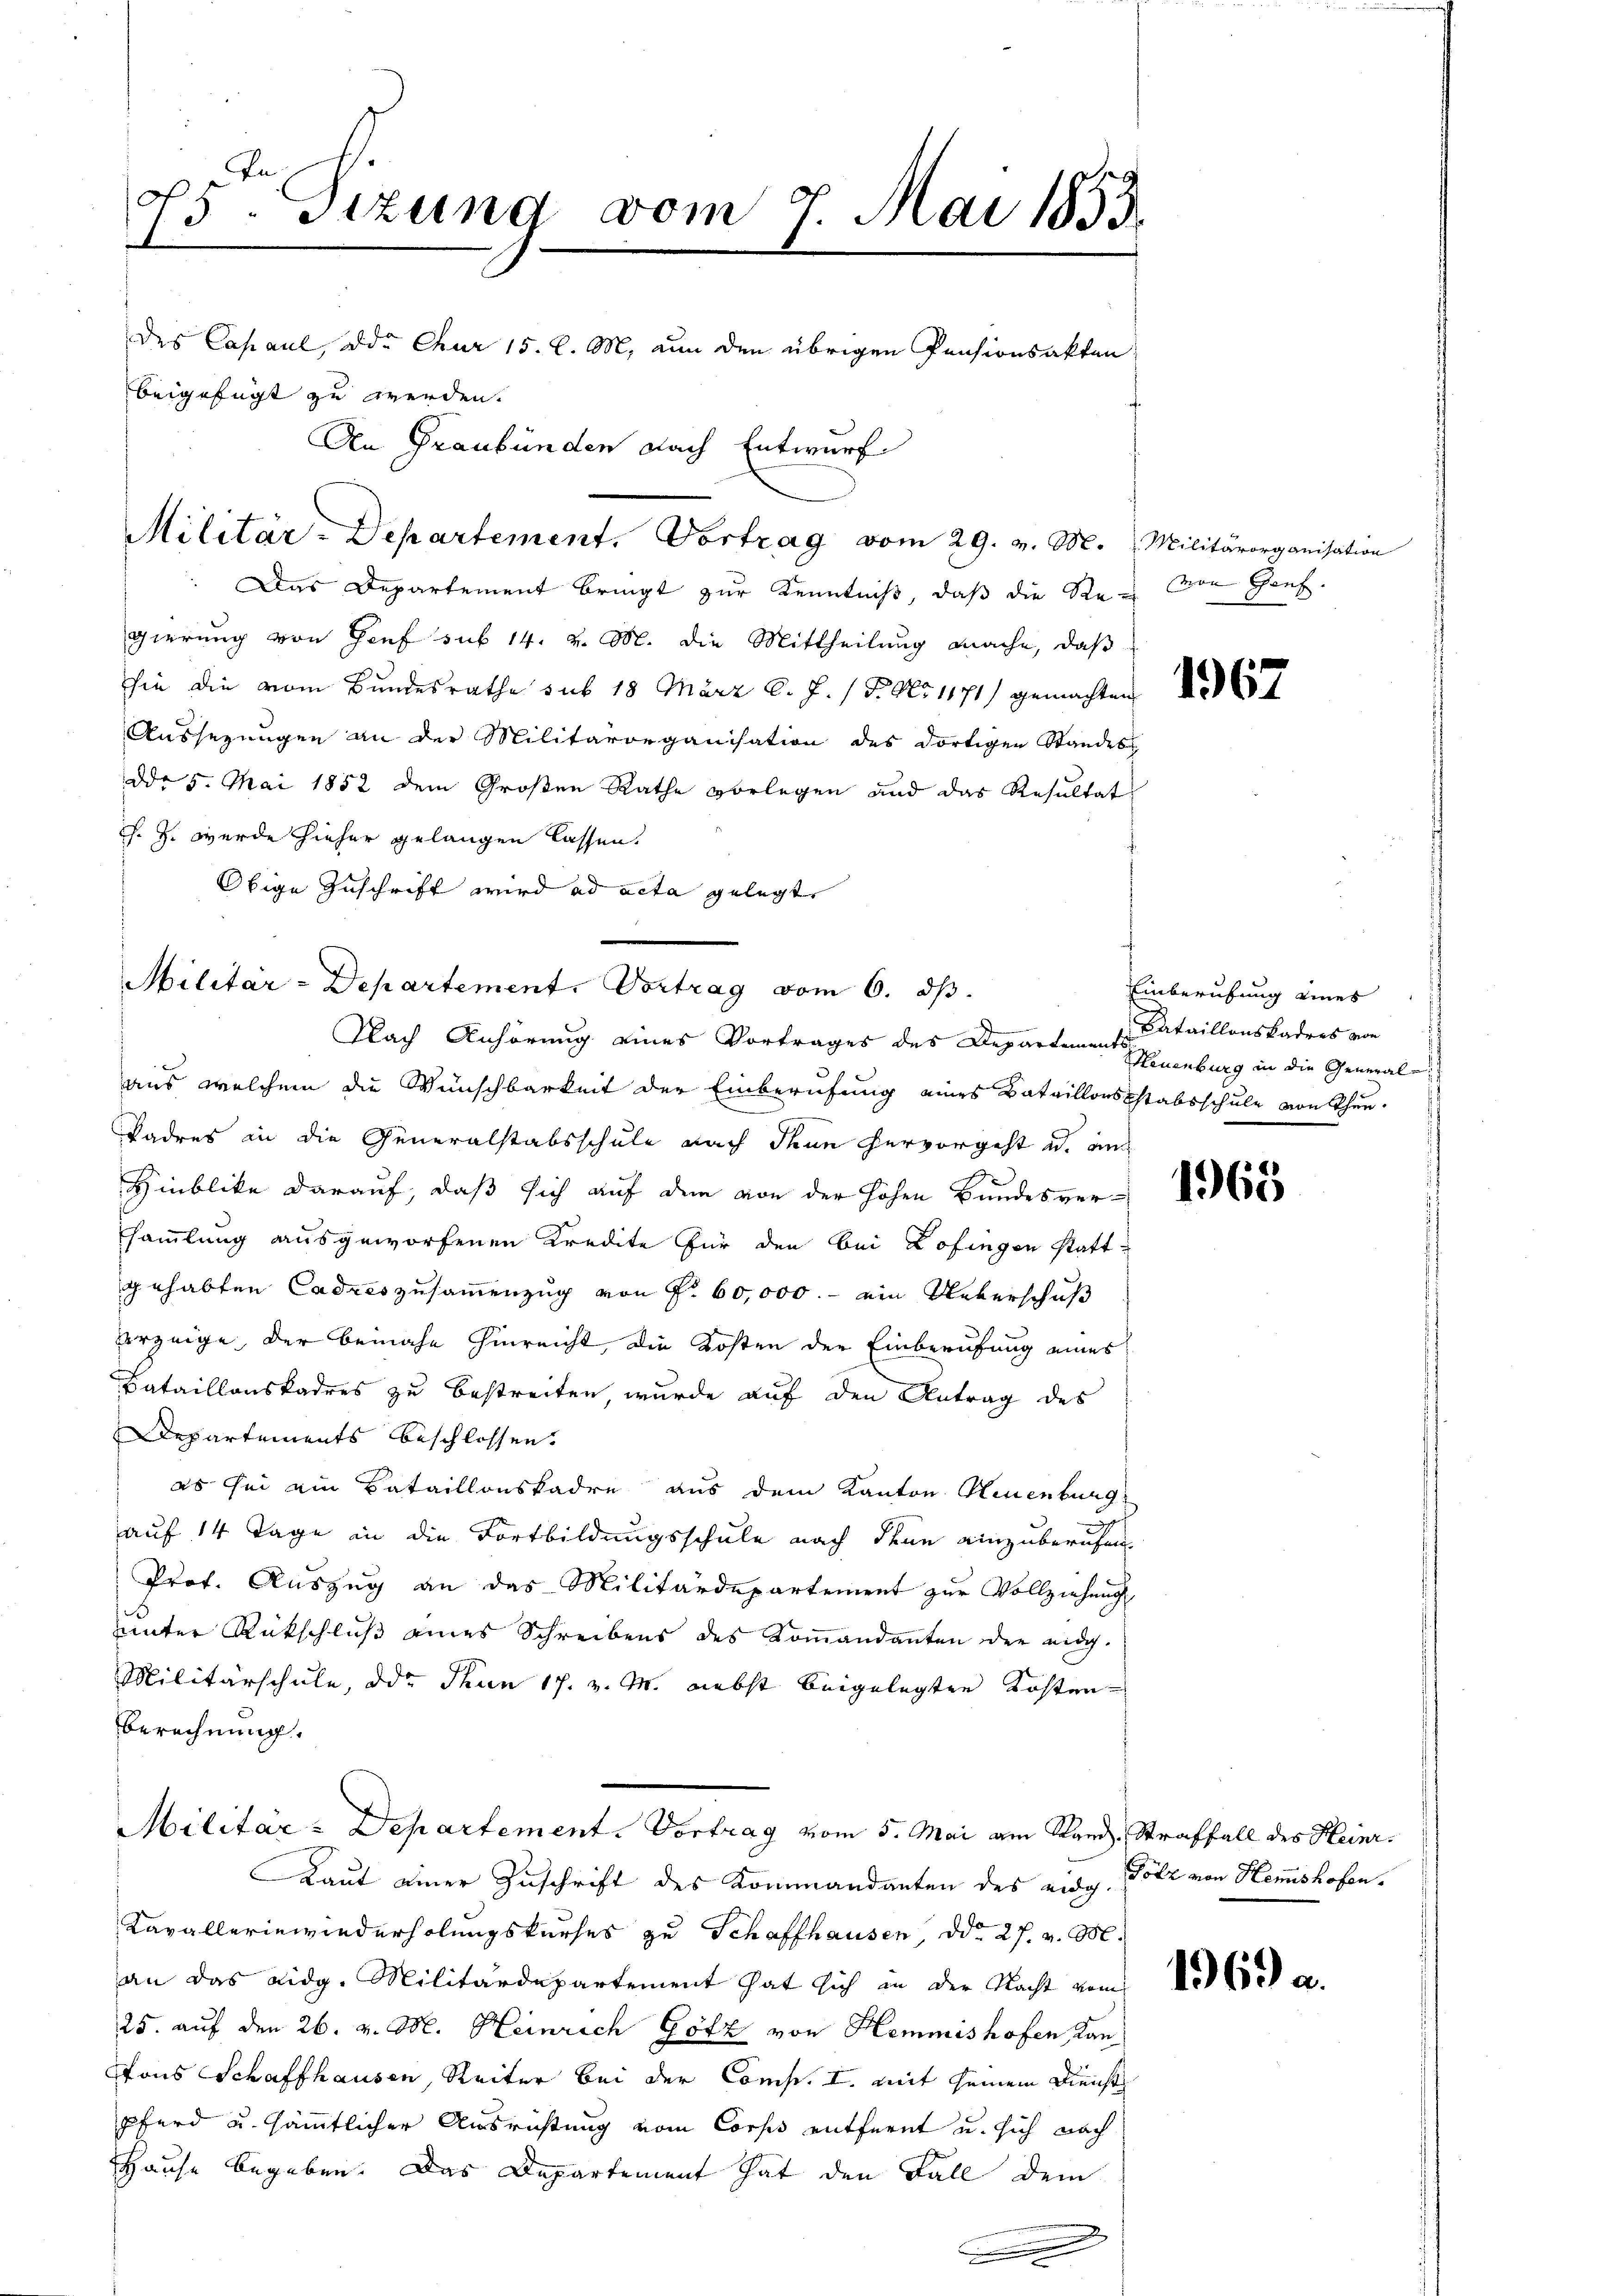
15. Sitzung vom 7. Mai 1853
I
des Capaul, die Chur 15. d. M. nun den übrigen Pensionsakten
beigefügt zu werden.
An Graubünden nach Entwurf

Das Departement bringt zur Kenntniß, daß die Revon Genf.
gierung von Genf sub 14. v. M. die Mittheilung mache, daß
sie die vom Bundesrathe sub 18 März l. J. (T. No 1171) gemachten
Aussezungen an der Militärorganisation des dortigen Standes
ddo 5. Mai 1852 dem Großen Rathe vorlegen und das Resultat
J. Z. werde hieher gelangen lassen.
Obige Zuschrift wird ad acta gelegt.
Militar-Departement. Vortrag vom 6. ds.
aus, welchem die Wünschbarkeit der Einberufung eines Bataillonsstabsschule von Thun.
Tadres an die Generalstabsschule nach denn hervorgeht u. an
Hinblike darauf, daß sich auf dem von der hohen Bundesversammlung ausgeworfenen Kredite für den bei Zofingen stattgehabten Cadres zusammenzug von Fr. 60,000.- ein Ueberschuß
verzeige, der beinahe hinreicht, die Kosten der Einberufung eines
Bataillonskadres zu bestreiten, wurde auf den Antrag des
Departements beschlossen.
es sei ein Sataillonskadre aus dem Kanton Neuenburg
auf 14 Tage in die Fortbildungsschule nach denn einzuberufen
Prof. Auszug an das Militärdepartement zur Vollziehung
unter Rückschluß eines Schreibens des Koṁandanten der eidg.
Militärschule, der Thun 17. v. M. nebst beigelegten Kosten
Berechnung.
Militar-Departement. Vortrag vom 5. Mai am Stand, Straffall des Heinr¬
Laut einer Zuschrift des Kommandanten des eidg. Götz von Hemmeshofen.
Kavallerinwiederholungskurses zu Schaffhausen, ddo 27. v. M.
an das eidg. Militärdepartement hat sich in der Nacht vom
25. auf den 26. v. M. Heinrich Götz von Hemmishofen Kan-
ons Schaffhausen, Reiter bei der Comp. I. mit seinem Dienst
Pferd u. sämmtlicher Ausrichtung vom Corps entfernt u. sich nach
Hause begeben. Das Departement hat den Fall dem

Militär-Departement. Vortrag vom 29. v. M. Militärorganisation

Nach Anhörung eines Vortrages des Departements

1967

Einberufung eines
Bataillonskadres von
Neuenburg in die General-

1965

1969 a